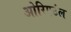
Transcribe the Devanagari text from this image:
ओरिएटंल